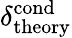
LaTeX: \delta_{\mathrm{theory}}^{\mathrm{cond}}